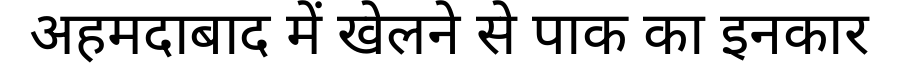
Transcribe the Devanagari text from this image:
अहमदाबाद में खेलने से पाक का इनकार